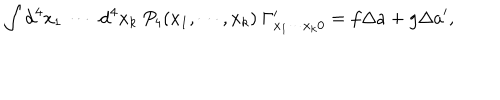
\int \mathrm { d } ^ { 4 } x _ { 1 } ~ \cdots ~ \mathrm { d } ^ { 4 } x _ { k } ~ P _ { 4 } ( x _ { 1 } , \cdots , x _ { k } ) ~ \Gamma _ { x _ { 1 } \cdots x _ { k } 0 } ^ { \prime } = f \Delta a + g \Delta a ^ { \prime } ,